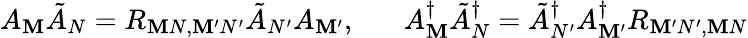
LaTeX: A_{\mathbf{M}}\tilde{{A}}_{N}=R_{\mathbf{M}N,\mathbf{M}^{\prime}N^{\prime}}\tilde{{A}}_{N^{\prime}}A_{\mathbf{M}^{\prime}},\; \; \; \; \; \; A_{\mathbf{M}}^{\dagger}\tilde{{A}}_{N}^{\dagger}=\tilde{{A}}_{N^{\prime}}^{\dagger}A_{\mathbf{M}^{\prime}}^{\dagger}R_{\mathbf{M}^{\prime}N^{\prime},\mathbf{M}N}